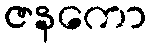
ဇနကော